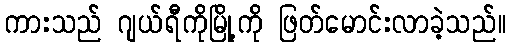
ကားသည် ဂျယ်ရီကိုမြို့ကို ဖြတ်မောင်းလာခဲ့သည်။